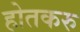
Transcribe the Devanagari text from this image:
होतकरु